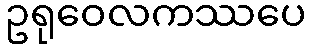
ဥရုဝေလကဿပေ